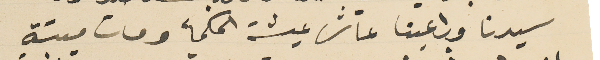
سيدنا وراعينا عاش عيشة الحكمأ ومات ميتة